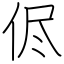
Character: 侭